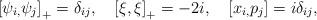
LaTeX: \begin{align*}\left[ \psi _{i,}\psi _{j}\right] _{+}= \delta _{ij},\quad \left[ \xi , \xi\right] _{+}=-2i,\quad \left[ x_{i,}p_{j}\right] =i\delta _{ij},\end{align*}